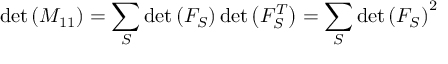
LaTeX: \operatorname* { d e t } \left( M _ { 1 1 } \right) = \sum _ { S } \operatorname* { d e t } \left( F _ { S } \right) \operatorname* { d e t } \left( F _ { S } ^ { T } \right) = \sum _ { S } \operatorname* { d e t } \left( F _ { S } \right) ^ { 2 }